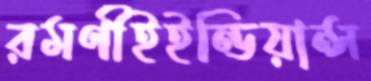
রমণীইইন্ডিয়ান্স